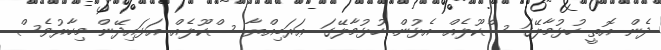
ދެން އޮތީ ހުޅުމާލޭގަ ސްކޫލެއް އެޅުން. ހުޅުމާލޭގަ ޢަރަބިއްޔާ ސްކޫލެއް އަޅައިދޭން މިހާރުވެސް